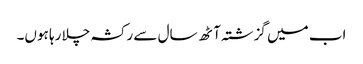
اب میں گزشتہ آٹھ سال سے رکشہ چلا رہا ہوں۔